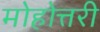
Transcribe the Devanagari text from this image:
मोहोत्तरी